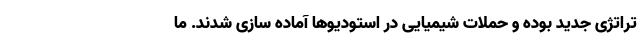
تراتژی جدید بوده و حملات شیمیایی در استودیوها آماده سازی شدند. ما